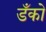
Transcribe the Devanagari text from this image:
डँको